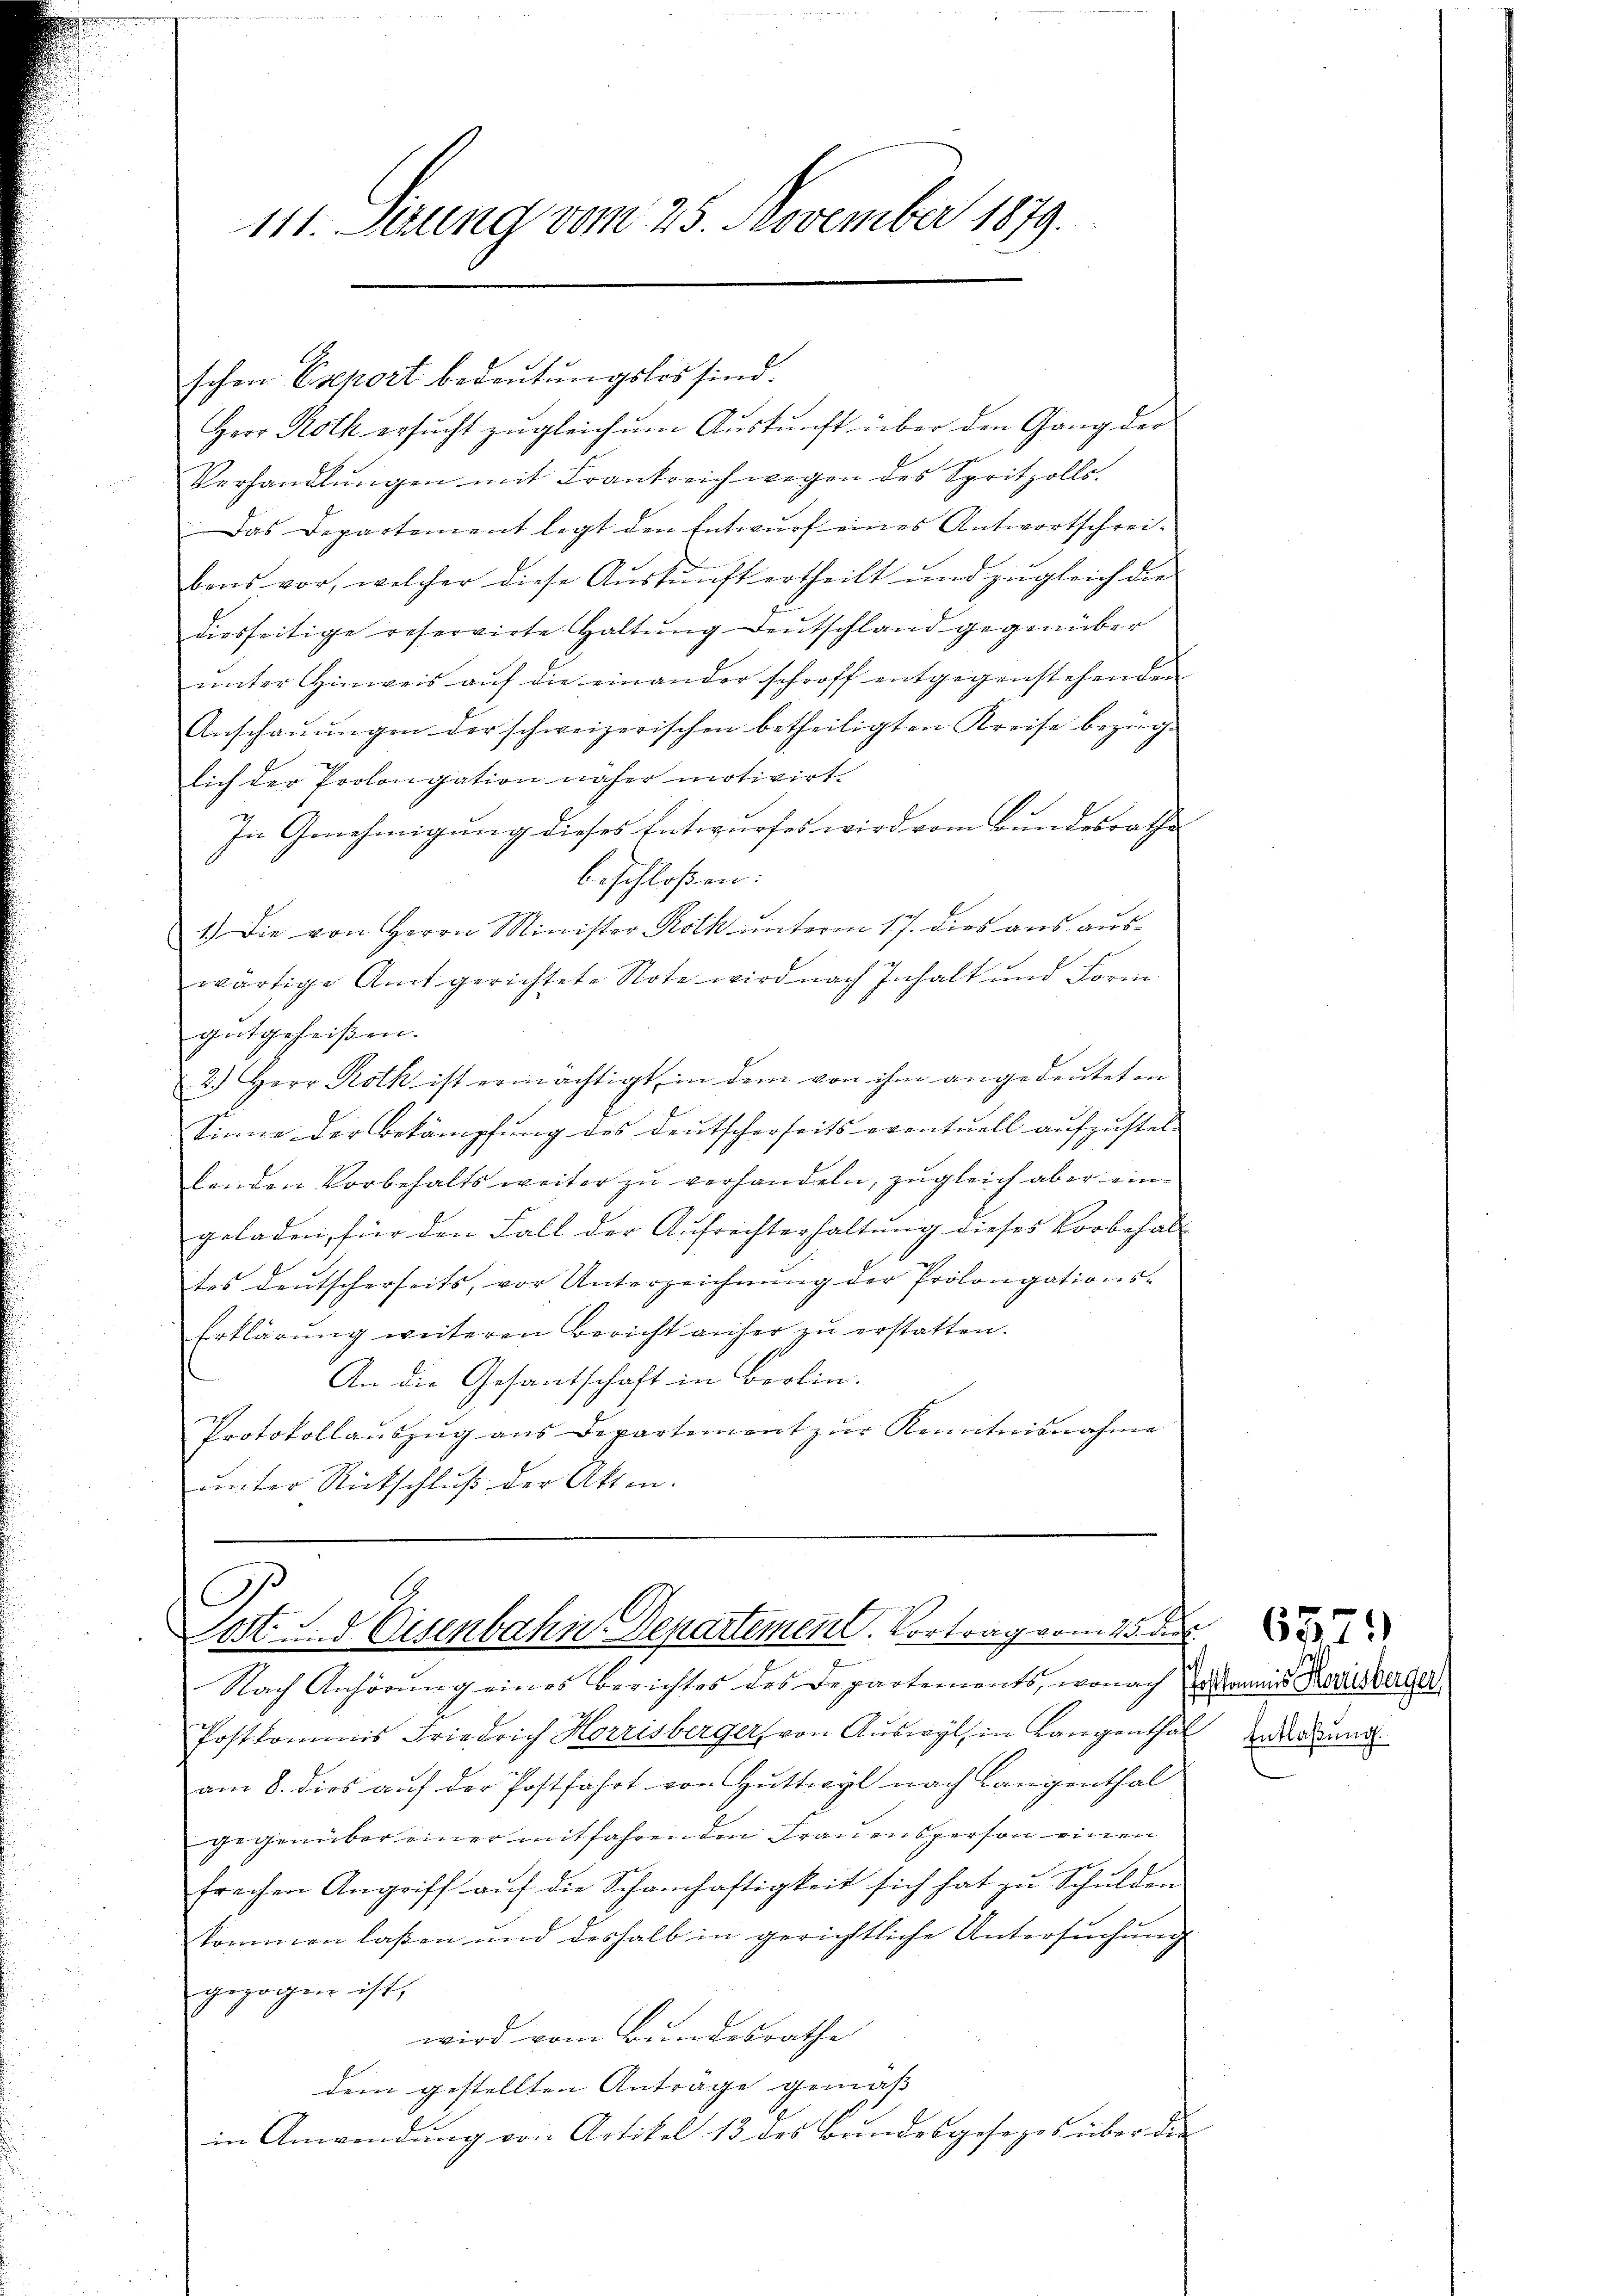
111. Serung vom 25. November 1879.

Herr Roth ersucht zugleich um Auskunft über den Gang der
Verhandlungen mit Frankreich wegen des Spritzolls.
Das Departement legt den Entwurf eines Antwortschrei-
bens vor, welcher diese Aŭskŭnft ertheilt und zŭgleich die
diesseitige reservirte Haltung Deutschland gegenüber
unter Hinweis auf die einander schroff entgegenstehenden
Anschaŭŭngen der schweizerischen betheiligten Kreise bezüge
lich der Prolongation näher motivirt.
In Genehmigung dieses Entwurfes wird vom Bundesrathe
beschloßen:
1.) Die von Herrn Minister Roth unterm 17. dies aus auswärtige Amt gerichtete Note wird nach Inhalt und Form
gutgeheißen.
2.) Herr Roth ist ermächtigt, in dem von ihm angedeuteten
Sinne der Bekämpfung des deutscherseits eventuell aŭfzŭstel-
benden Vorbehalts weiter zu verhandeln, zugleich aber eingeladen, für den Fall der Aufrechterhaltung dieses Vorbehaltes deutscherseits, vor Unterzeichnŭng der Prolongations-
Erklärung weiteren Bericht anher zŭ erstatten.
An die Gesandschaft in Bootin.
Protokollaŭszŭg ans Departement zŭr Kenntnisnahme
ŭnter Rückschluß der Akten.

C
Jost und Eisenbahn Departement. Vortrag vom 15. der

schen Eseport bedeutungslos sind.

Nach Anhörung eines Berichtes des Departements, wonach Erstannis Korinsberger
Postkommis Friedrich Horrisberger, von Auswyl, in Langenthal Ende und
am 8. dies auf der Postfahrt von Huttwyl nach Langenthal
gegenüber einer mitfahrenden Frauensperson einen
frechen Angriff aŭf die Schamhaftigkeit sich hat zŭ Schŭlden
kommen laßen und deshalb in gerichtliche Untersuchung
gezogen ist,
wird vom Bundesrathe
dem gestellten Anträge gemäss
in Anwendung von Artikel 13 des Bundesgesezes über die

.